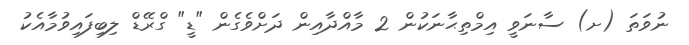
ނުވަތަ (ށ) ސާނަވީ އިމްތިޙާނަކުން 2 މާއްދާއިން ދަށްވެގެން "ޑީ" ގްރޭޑް ލިބިފައިވުމާއެކު